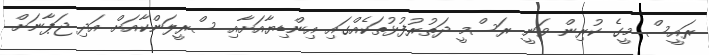
ރައީސް މީގެ ކުރިން ވަނީ ރަސްމީ ދަތުރުފުޅުތަކެއްގައި އިންޑިޔާއަށާއި ސްރީލަންކާއަށް އަދި ޖަޕާނަށް